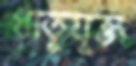
ধাতুযুক্ত